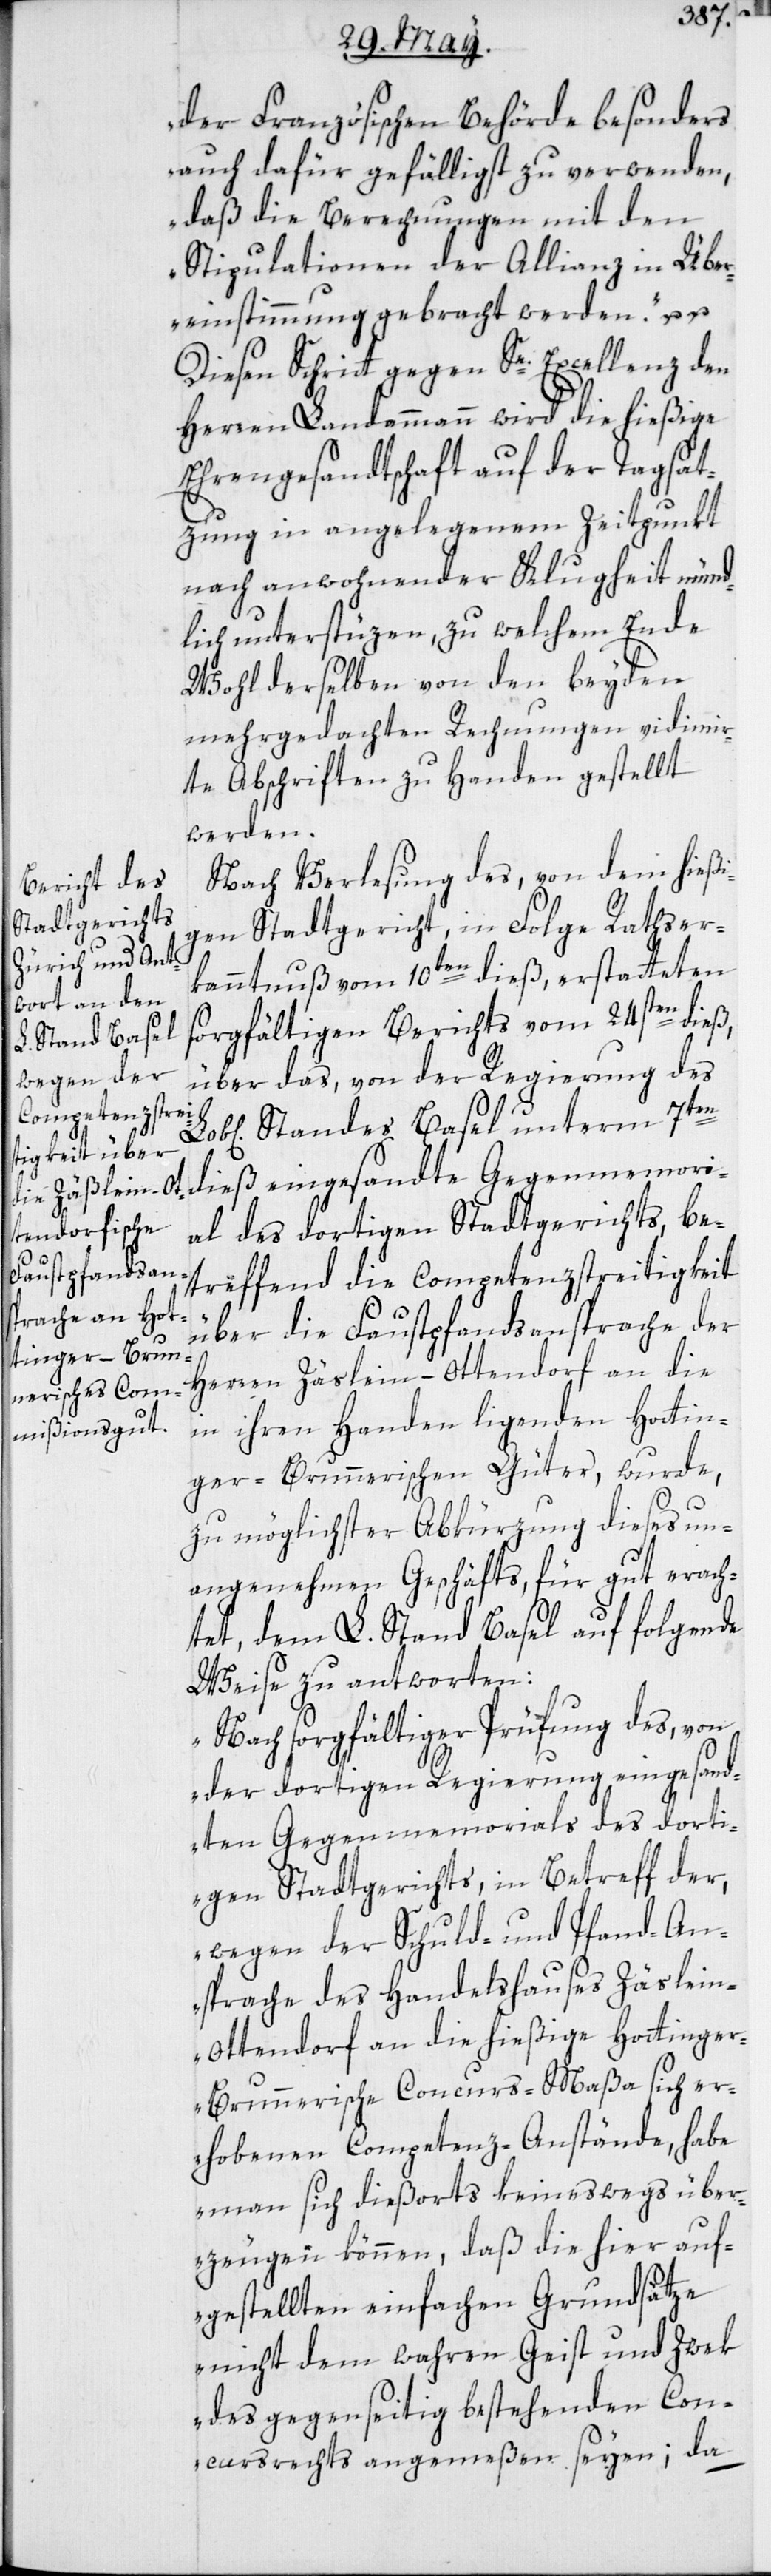
der Französischen Behörde besonders
auch dafür gefälligst zu verwenden,
daß die Berechnungen mit den
Stipulationen der Allianz in Über¬
einstimmung gebracht werden“ u.
Diesen Schritt gegen Se. Excellenz den
Herren Landammann wird die hießige
Ehrengesandtschaft auf der Tagsat¬
zung in angelegenem Zeitpunkt
nach anwohnender Klugheit münd¬
lich unterstüzen, zu welchem Ende
wohlderselben von den beyden
mehrgedachten Rechnungen vidimir¬
te Abschriften zu Handen gestellt
werden.
Nach Verlesung des, von dem hießi¬
gen Stadtgericht in Folge Rathser¬
kanntnuß vom 10ten dieß, erstatteten
sorgfältigen Berichts vom 24sten dieß,
über das, von der Regierung des
Standes Basel unterm 7ten
dieß eingesandte Gegenmemori¬
al des dortigen Stadtgerichts, be¬
treffend die Competenz-Streitigkeit
über die Faustpfand-Ansprache der
Herren Zäslein-Ottendorf an die
in ihren Handen liegenden Hottin¬
ger-Brunnerischen Güter, wurde
zu möglichster Abkürzung dieses un¬
angenehmen Geschäfts für gut erach¬
tet, dem L. Stand Basel auf folgende
Weise zu antworten:
„Nach sorgfältiger Prüfung des, von
der dortigen Regierung eingesand¬
ten Gegenmemorials des dorti¬
gen Stadtgerichts, in Betreff der,
wegen der Schuld- und Pfand-An¬
sprache des Handelshauses Zäslei¬
n-Ottendorf an die hießige Hottinge¬
r-Brunnerische Concurs-Maßa sich er¬
hobenen Competenz-Anstände, habe
man sich dießorts keineswegs über¬
zeugen können, daß die hier auf¬
gestellten einfachen Grundsätze
nicht dem wahren Geist und Zwek
des gegenseitig bestehenden Con¬
cursrechts angemeßen seyen; da

u.